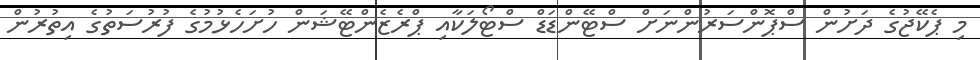
މި ޕެކޭޖުގެ ދަށުން ސްޕޮންސަރުންނަށް ސްޓޭންޑަޑް ސްޓޯލަކާއި ޕްރެޒެންޓޭޝަން ހުށަހެޅުމުގެ ފުރުސަތުގެ އިތުރުން